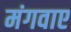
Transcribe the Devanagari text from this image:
मंगवाए